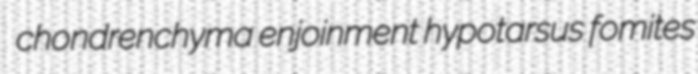
chondrenchyma enjoinment hypotarsus fomites